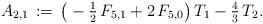
LaTeX: \begin{align*}A_{2,1}\,:=\,\big(-\tfrac{1}{2}\,F_{5,1}+2\,F_{5,0}\big)\,T_1-\tfrac{4}{3}\,T_2.\end{align*}